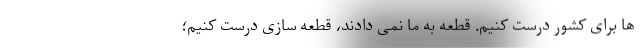
ها برای کشور درست کنیم. قطعه به ما نمی دادند، قطعه سازی درست کنیم؛